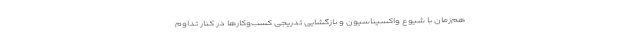
هم‌زمان با شیوع واکسیناسیون و بازگشایی تدریجی کسب‌وکارها در کنار تداوم